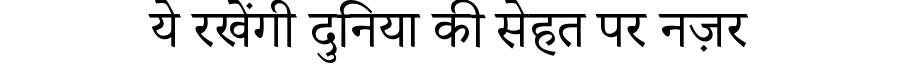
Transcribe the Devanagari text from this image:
ये रखेंगी दुनिया की सेहत पर नज़र